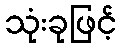
သုံးခုဖြင့်